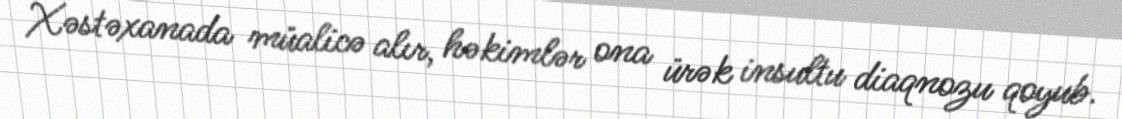
Xəstəxanada müalicə alır, həkimlər ona ürək insultu diaqnozu qoyub.